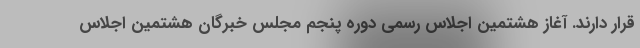
قرار دارند. آغاز هشتمین اجلاس رسمی دوره پنجم مجلس خبرگان هشتمین اجلاس